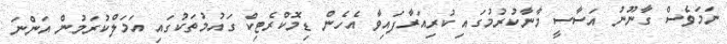
ނަމަވެސް ގާނޫނު އަސާސީ މާނާކުރުމުގައި ކުރިއަރާފައިވާ އެހެން ޑިމޮކްރެޓިކް ގައުމުތަކުގައި އަމަލްކުރަމުން އަންނަ